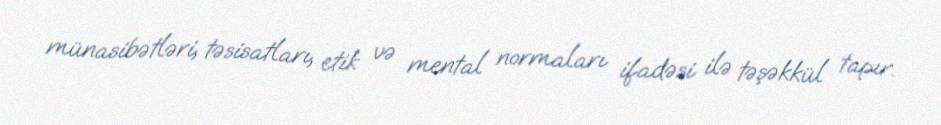
münasibətləri, təsisatları, etik və mental normaları ifadəsi ilə təşəkkül tapır.